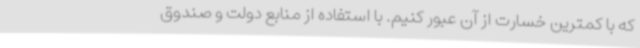
که با کمترین خسارت از آن عبور کنیم. با استفاده از منابع دولت و صندوق